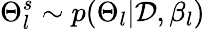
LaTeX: \Theta_{l}^{s}\sim p(\Theta_{l}|\mathcal{D},\beta_{l})